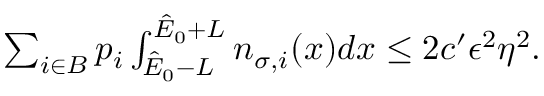
\begin{array} { r } { \sum _ { i \in B } p _ { i } \int _ { \hat { E } _ { 0 } - L } ^ { \hat { E } _ { 0 } + L } n _ { \sigma , i } ( x ) d x \leq 2 c ^ { \prime } \epsilon ^ { 2 } \eta ^ { 2 } . } \end{array}